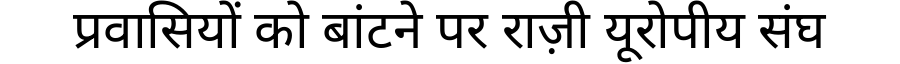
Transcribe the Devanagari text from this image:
प्रवासियों को बांटने पर राज़ी यूरोपीय संघ